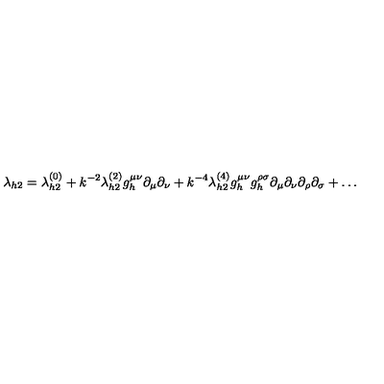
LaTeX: \lambda _ { h 2 } = \lambda _ { h 2 } ^ { ( 0 ) } + k ^ { - 2 } \lambda _ { h 2 } ^ { ( 2 ) } g _ { h } ^ { \mu \nu } \partial _ { \mu } \partial _ { \nu } + k ^ { - 4 } \lambda _ { h 2 } ^ { ( 4 ) } g _ { h } ^ { \mu \nu } g _ { h } ^ { \rho \sigma } \partial _ { \mu } \partial _ { \nu } \partial _ { \rho } \partial _ { \sigma } + \ldots